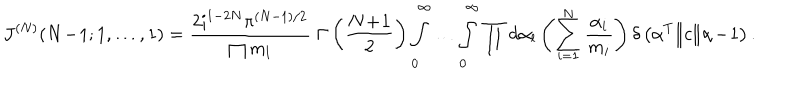
J ^ { ( N ) } ( N \! - \! 1 ; 1 , \ldots , 1 ) = \frac { 2 \mathrm { i } ^ { 1 - 2 N } \pi ^ { ( N - 1 ) / 2 } } { \prod m _ { l } } \; \Gamma \left( \frac { N \! + \! 1 } { 2 } \right) \int _ { 0 } ^ { \infty } \ldots \int _ { 0 } ^ { \infty } \prod \mathrm { d } \alpha _ { l } \left( \sum _ { i = 1 } ^ { N } \frac { \alpha _ { i } } { m _ { i } } \right) \delta \left( \alpha ^ { T } \| c \| \alpha \! - \! 1 \right) .